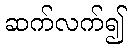
ဆက်လက်၍